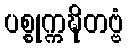
ပစ္စုက္ကဍ္ဎိတဗ္ဗံ